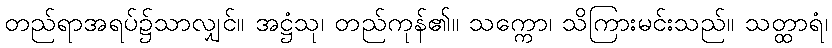
တည်ရာအရပ်၌သာလျှင်။ အဋ္ဌံသု၊ တည်ကုန်၏။ သက္ကော၊ သိကြားမင်းသည်။ သတ္ထာရံ၊